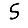
Digit: 5